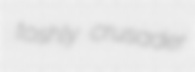
toshly crusader